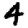
Digit: 4